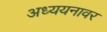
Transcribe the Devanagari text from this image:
अध्ययनावर